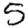
Digit: 5